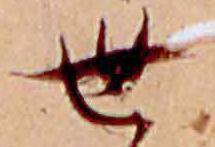
世